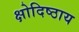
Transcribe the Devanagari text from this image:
क्षोदिष्ठाय